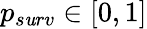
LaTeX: p_{s\mathit{u}rv}\in[0,1]